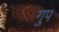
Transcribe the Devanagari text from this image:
गुप